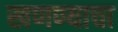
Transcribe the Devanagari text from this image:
खणण्याचा